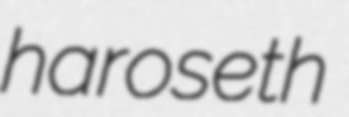
haroseth